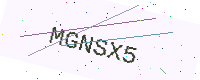
Text: MGNSX5